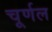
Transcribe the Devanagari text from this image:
चूर्णल